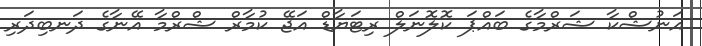
އަނުޝްކާ ޝަރްމާގެ ބައްޕަ ކޮލޮނަލް ރިޓަޔާޑް އަޖޭ ކުމާރް ޝްރްމާ އޭނާގެ ދަނބިދަރި